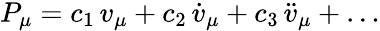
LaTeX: P_{\mu}=c_{1}\, v_{\mu}+c_{2}\, {\dot{v}}_{\mu}+c_{3}\, {\ddot{v}}_{\mu}+\ldots